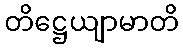
တိဋ္ဌေယျာမာတိ